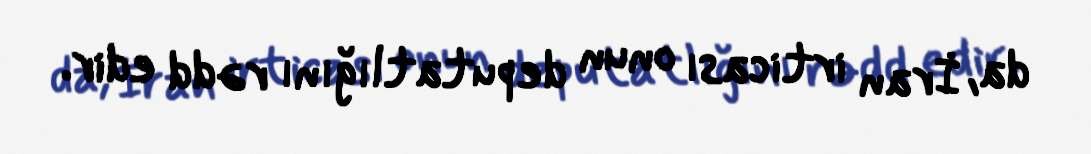
da, İran irticası onun deputatlığını rədd edir.